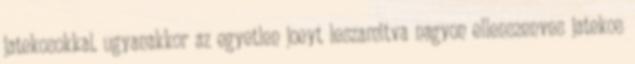
jatekosokkal. ugyanakkor az egyetlen joeyt leszamitva nagyon ellenszenves jatekos